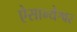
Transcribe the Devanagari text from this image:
ऐसान्येश्वर